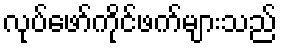
လုပ်ဖော်ကိုင်ဖက်များသည်